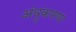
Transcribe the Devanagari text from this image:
अंधुकपणा